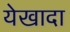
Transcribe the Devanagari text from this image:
येखादा